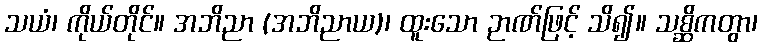
သယံ၊ ကိုယ်တိုင်။ အဘိညာ (အဘိညာယ)၊ ထူးသော ဉာဏ်ဖြင့် သိ၍။ သစ္ဆိကတွာ၊